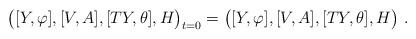
LaTeX: \begin{align*}\big( [Y,\varphi],[V,A],[TY,\theta],H \big)_{t=0} = \big( [Y,\varphi],[V,A],[TY,\theta],H \big)~.\end{align*}